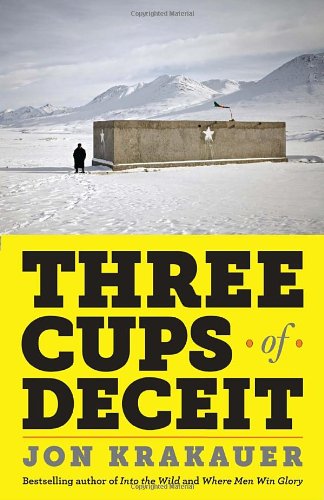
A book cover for Three Cups of Deceit: How Greg Mortenson, Humanitarian Hero, Lost His Way; Jon Krakauer; Politics & Social Sciences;